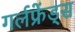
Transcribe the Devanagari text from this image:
गर्लफ्रेंड्स